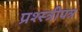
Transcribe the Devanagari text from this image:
प्रश्स्त्रीपत्र